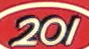
201